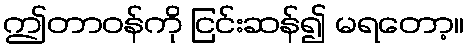
ဤတာဝန်ကို ငြင်းဆန်၍ မရတော့။